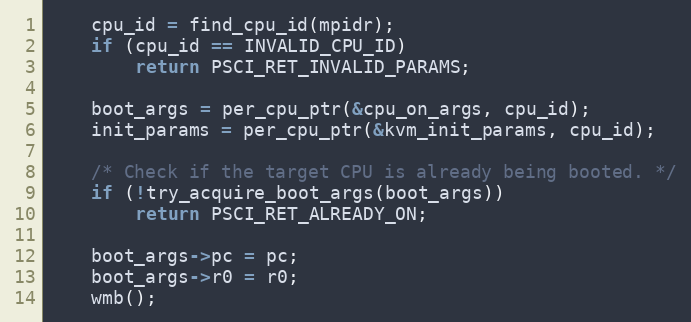
Language: C
	cpu_id = find_cpu_id(mpidr);
	if (cpu_id == INVALID_CPU_ID)
		return PSCI_RET_INVALID_PARAMS;

	boot_args = per_cpu_ptr(&cpu_on_args, cpu_id);
	init_params = per_cpu_ptr(&kvm_init_params, cpu_id);

	/* Check if the target CPU is already being booted. */
	if (!try_acquire_boot_args(boot_args))
		return PSCI_RET_ALREADY_ON;

	boot_args->pc = pc;
	boot_args->r0 = r0;
	wmb();